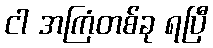
ငါ အကြံတစ်ခု ရပြီ